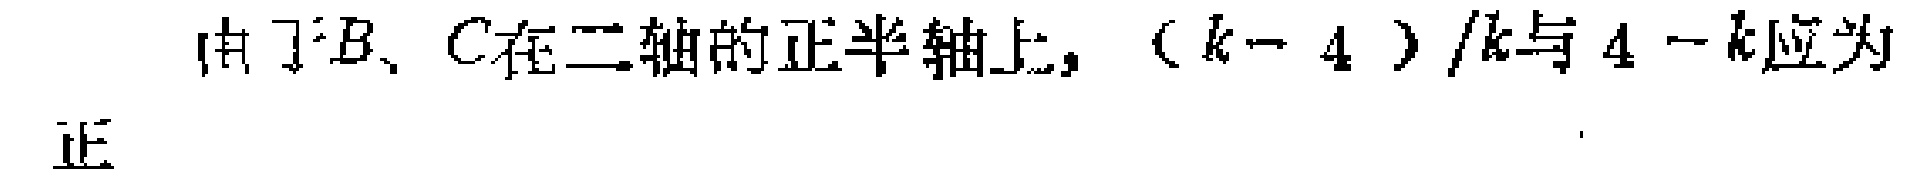
由于B、C在二轴的正半轴上，$(k - 4)/k$与$4 - k$应为正